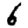
Digit: 6